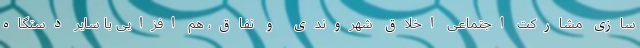
سازی مشارکت اجتماعی اخلاق شهروندی و نفاق، هم افزایی با سایر دستگاه